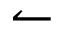
\leftharpoonup